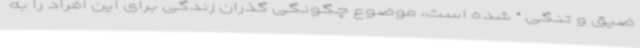
ضیق و تنگی “ شده است، موضوع چگونگی گذران زندگی برای این افراد را به